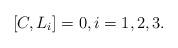
LaTeX: \begin{align*}[C,L_i]=0,i=1,2,3.\end{align*}